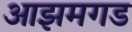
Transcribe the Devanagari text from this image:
आझमगड